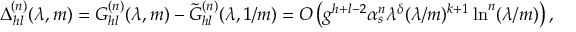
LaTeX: \Delta _ { h l } ^ { ( n ) } ( \lambda , m ) = G _ { h l } ^ { ( n ) } ( \lambda , m ) - \tilde { G } _ { h l } ^ { ( n ) } ( \lambda , 1 / m ) = O \left( g ^ { h + l - 2 } \alpha _ { s } ^ { n } \lambda ^ { \delta } ( \lambda / m ) ^ { k + 1 } \ln ^ { n } ( \lambda / m ) \right) ,